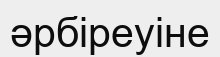
әрбіреуіне